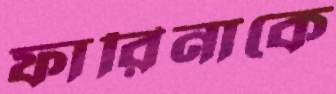
ফারিনাকে